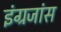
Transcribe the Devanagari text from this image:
इंग्रजांस